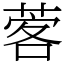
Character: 𦴦